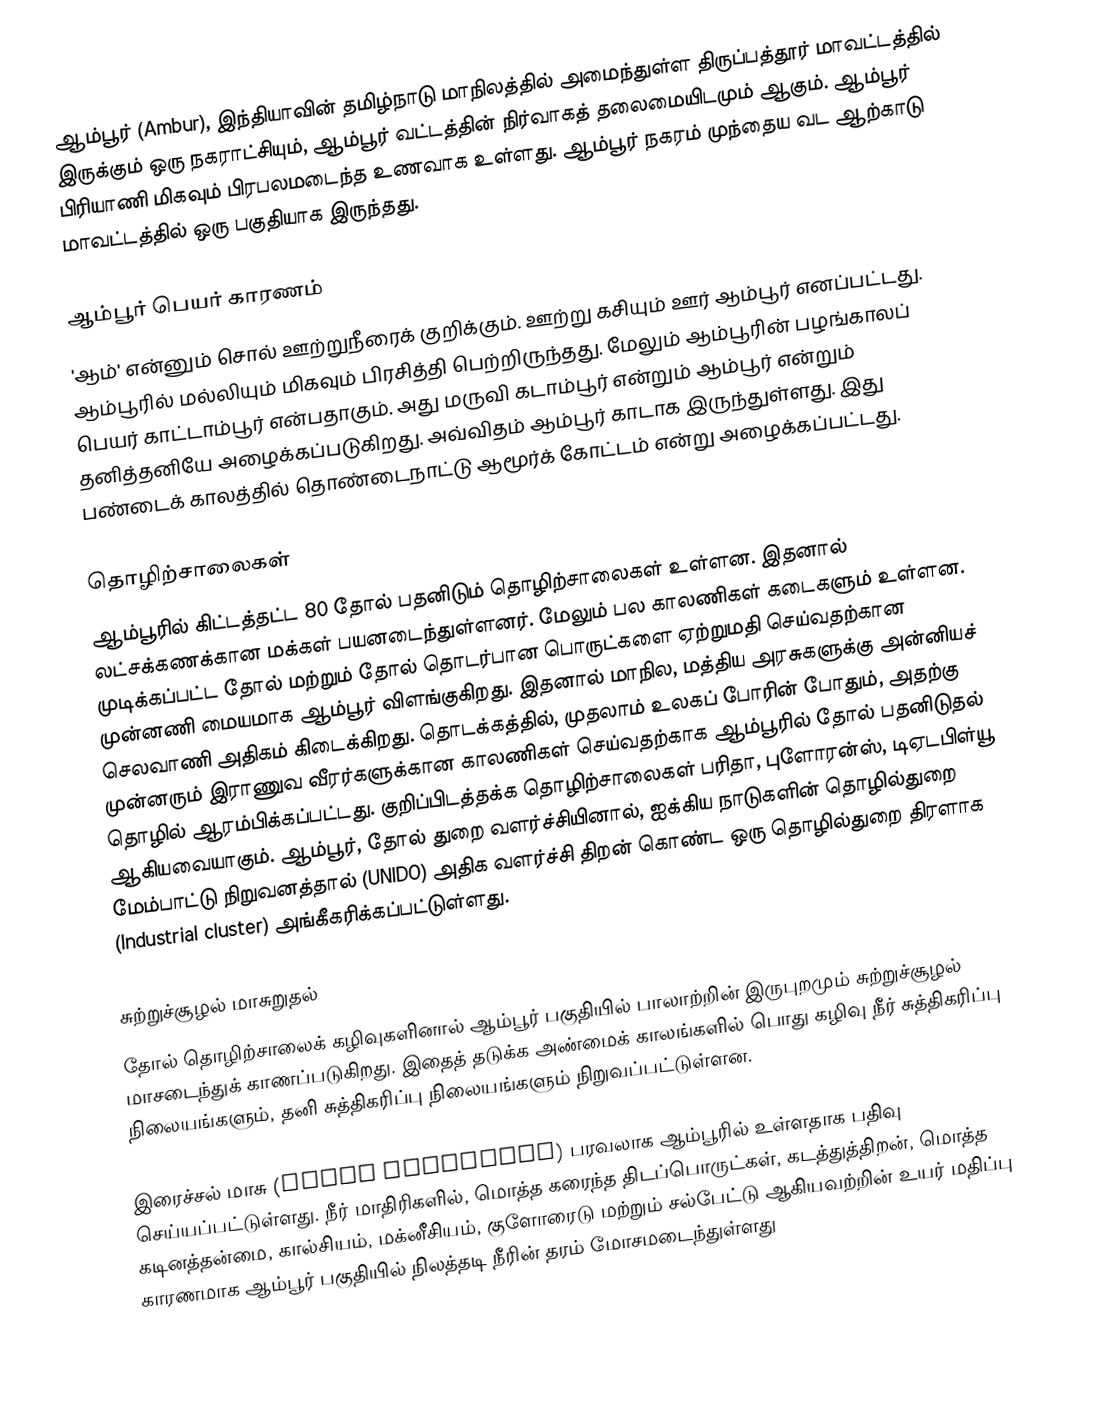
ஆம்பூர் (Ambur), இந்தியாவின் தமிழ்நாடு மாநிலத்தில் அமைந்துள்ள திருப்பத்தூர் மாவட்டத்தில் இருக்கும் ஒரு நகராட்சியும், ஆம்பூர் வட்டத்தின் நிர்வாகத் தலைமையிடமும் ஆகும். ஆம்பூர் பிரியாணி மிகவும் பிரபலமடைந்த உணவாக உள்ளது. ஆம்பூர் நகரம் முந்தைய வட  ஆற்காடு மாவட்டத்தில் ஒரு பகுதியாக இருந்தது.

ஆம்பூர் பெயர் காரணம்
'ஆம்' என்னும் சொல் ஊற்றுநீரைக் குறிக்கும். ஊற்று கசியும் ஊர் ஆம்பூர் எனப்பட்டது. ஆம்பூரில் மல்லியும் மிகவும் பிரசித்தி பெற்றிருந்தது. மேலும் ஆம்பூரின் பழங்காலப் பெயர் காட்டாம்பூர் என்பதாகும். அது மருவி கடாம்பூர் என்றும் ஆம்பூர் என்றும் தனித்தனியே அழைக்கப்படுகிறது. அவ்விதம் ஆம்பூர் காடாக இருந்துள்ளது. இது பண்டைக் காலத்தில் தொண்டைநாட்டு ஆமூர்க் கோட்டம் என்று அழைக்கப்பட்டது.

தொழிற்சாலைகள்
ஆம்பூரில் கிட்டத்தட்ட 80 தோல் பதனிடும் தொழிற்சாலைகள் உள்ளன. இதனால் லட்சக்கணக்கான மக்கள் பயனடைந்துள்ளனர். மேலும் பல காலணிகள் கடைகளும் உள்ளன. முடிக்கப்பட்ட தோல் மற்றும் தோல் தொடர்பான பொருட்களை ஏற்றுமதி செய்வதற்கான முன்னணி மையமாக ஆம்பூர் விளங்குகிறது. இதனால் மாநில, மத்திய அரசுகளுக்கு அன்னியச் செலவாணி அதிகம் கிடைக்கிறது. தொடக்கத்தில், முதலாம் உலகப் போரின் போதும், அதற்கு முன்னரும் இராணுவ வீரர்களுக்கான காலணிகள் செய்வதற்காக ஆம்பூரில் தோல் பதனிடுதல் தொழில் ஆரம்பிக்கப்பட்டது. குறிப்பிடத்தக்க தொழிற்சாலைகள் பரிதா, புளோரன்ஸ், டிஏடபிள்யூ ஆகியவையாகும். ஆம்பூர், தோல் துறை வளர்ச்சியினால், ஐக்கிய நாடுகளின் தொழில்துறை மேம்பாட்டு நிறுவனத்தால் (UNIDO) அதிக வளர்ச்சி திறன் கொண்ட ஒரு தொழில்துறை திரளாக (Industrial cluster) அங்கீகரிக்கப்பட்டுள்ளது.

சுற்றுச்சூழல் மாசுறுதல்
தோல் தொழிற்சாலைக் கழிவுகளினால் ஆம்பூர் பகுதியில் பாலாற்றின் இருபுறமும் சுற்றுச்சூழல் மாசடைந்துக் காணப்படுகிறது. இதைத் தடுக்க அண்மைக் காலங்களில் பொது கழிவு நீர் சுத்திகரிப்பு நிலையங்களும், தனி சுத்திகரிப்பு  நிலையங்களும் நிறுவப்பட்டுள்ளன.

இரைச்சல் மாசு (noise pollution) பரவலாக ஆம்பூரில் உள்ளதாக பதிவு செய்யப்பட்டுள்ளது. நீர் மாதிரிகளில், மொத்த கரைந்த திடப்பொருட்கள், கடத்துத்திறன், மொத்த கடினத்தன்மை, கால்சியம், மக்னீசியம், குளோரைடு மற்றும் சல்பேட்டு ஆகியவற்றின் உயர் மதிப்பு காரணமாக ஆம்பூர் பகுதியில் நிலத்தடி நீரின் தரம் மோசமடைந்துள்ளது